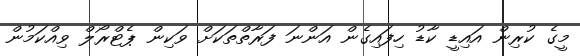
މީގެ ކުރިން އައިޑީ ކާޑު ހިފައިގެން އަންނަ ފަރާތްތަކަށް ވަކިން ޕެޓްރޯލް ވިއްކަމުން